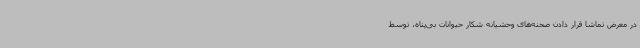
در معرض تماشا قرار دادن صحنه‌های وحشیانه شکار حیوانات بی‌پناه، توسط